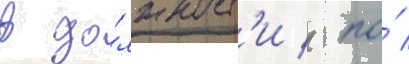
в до́лжност'и / по́